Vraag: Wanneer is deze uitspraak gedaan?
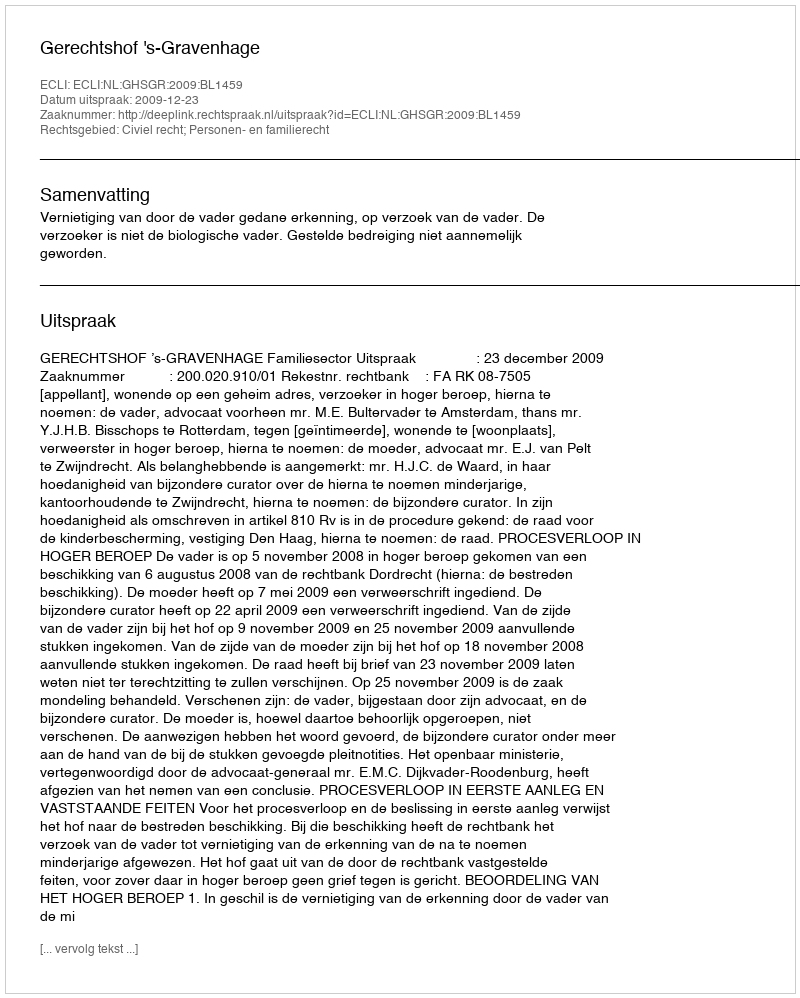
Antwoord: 2009-12-23